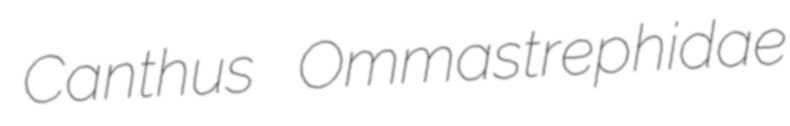
Canthus Ommastrephidae